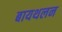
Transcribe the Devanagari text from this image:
बायथलन